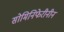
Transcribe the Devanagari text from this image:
सोमिनिफेरीनीन